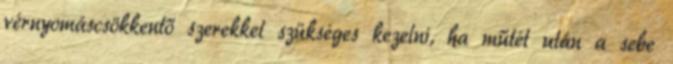
vérnyomáscsökkentő szerekkel szükséges kezelni, ha műtét után a sebe